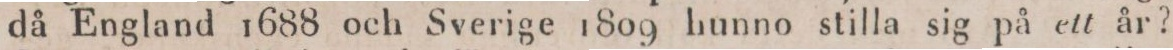
då England 1688 och Sverige 1809 hunno stilla sig på ett år?